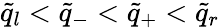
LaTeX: \tilde{q}_{l}<\tilde{q}_{-}<\tilde{q}_{+}<\tilde{q}_{r}